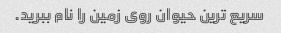
سریع ترین حیوان روی زمین را نام ببرید.